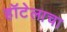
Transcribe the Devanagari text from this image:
हॉटेलाचा